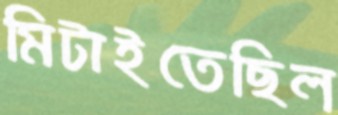
মিটাইতেছিল